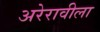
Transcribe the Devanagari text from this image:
अरेरावीला